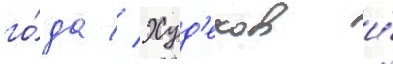
го́да // Худ'еков и́